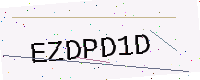
Text: EZDPD1D